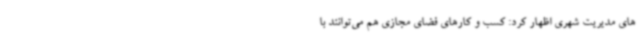
های مدیریت شهری اظهار کرد: کسب و کارهای فضای مجازی هم می‌توانند با